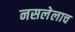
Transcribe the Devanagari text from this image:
नसलेलाच